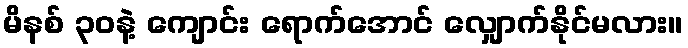
မိနစ် ၃၀နဲ့ ကျောင်း ရောက်အောင် လျှောက်နိုင်မလား။